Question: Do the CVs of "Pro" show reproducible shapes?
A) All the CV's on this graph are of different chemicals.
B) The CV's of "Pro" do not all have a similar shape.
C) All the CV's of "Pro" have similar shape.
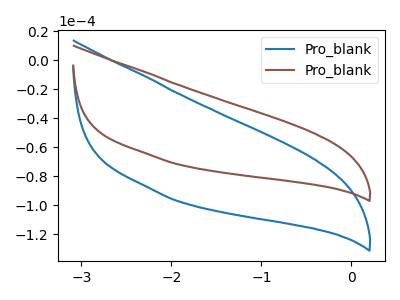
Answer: <think>The blue curve "Pro_blank1" has no peaks. The brown curve "Pro_blank2" has no peaks.
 Neither "Pro_blank1" or "Pro_blank2" have any peaks.</think>
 <answer>C) All the CV's of "Pro" have similar shape.</answer>
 <eval>C</eval>